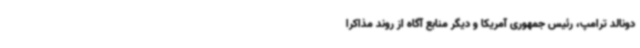
دونالد ترامپ، رئیس جمهوری آمریکا و دیگر منابع آگاه از روند مذاکرا